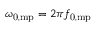
\omega _ { \mathrm { 0 , m p } } = 2 \pi f _ { \mathrm { 0 , m p } }